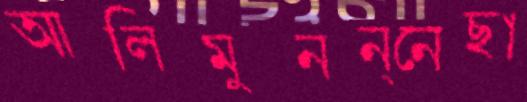
আলিমুনন্নেছা